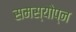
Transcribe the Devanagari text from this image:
समस्योप्न